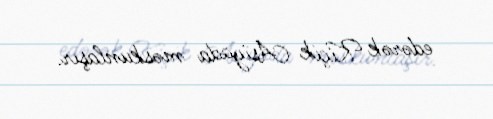
edərək Kiçik Asiyada məskunlaşır.